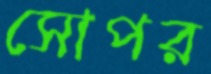
সোপর